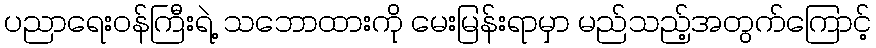
ပညာရေးဝန်ကြီးရဲ့ သဘောထားကို မေးမြန်းရာမှာ မည်သည့်အတွက်ကြောင့်